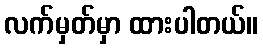
လက်မှတ်မှာ ထားပါတယ်။